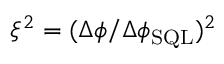
\xi ^ { 2 } = ( \Delta \phi / \Delta \phi _ { \mathrm { S Q L } } ) ^ { 2 }